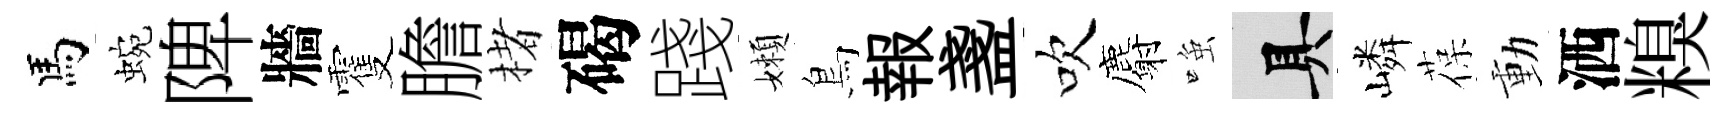
馬蜿陴牆䨥膽楮碣踐嬾鳥報盞吹麝𫪻具嶙葆動洒糗